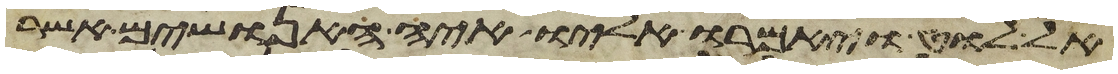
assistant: אל לוט ויאמרו אליו איה האנושים אשר